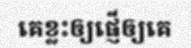
គេខ្លះឲ្យផ្ញើឲ្យគេ